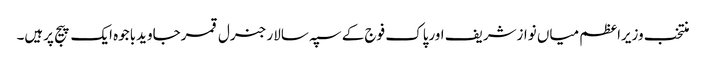
منتخب وزیراعظم میاں نوازشریف اورپاک فوج کے سپہ سالار جنرل قمرجاویدباجوہ ایک پیج پرہیں۔